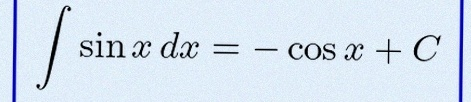
\int \sin x\,dx=-\cos x+C